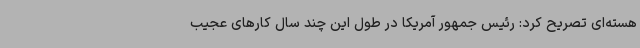
هسته‌ای تصریح کرد: رئیس جمهور آمریکا در طول این چند سال کارهای عجیب